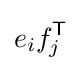
e_{i}f_{j}^{\mathsf {T}}